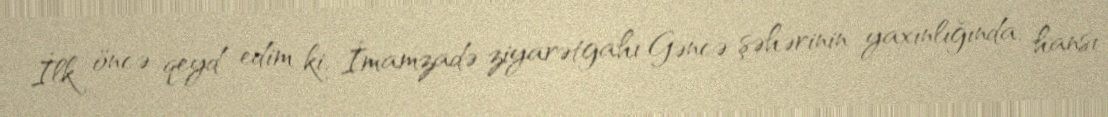
İlk öncə qeyd edim ki, İmamzadə ziyarətgahı Gəncə şəhərinin yaxınlığında, hansı